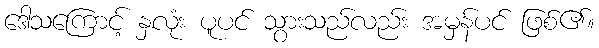
ဒေါသကြောင့် နှလုံး ပူပင် သွားသည်လည်း အမှန်ပင် ဖြစ်၏။